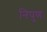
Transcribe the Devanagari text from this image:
निपुणः